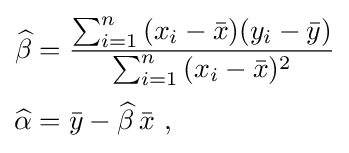
{\begin{aligned}{\widehat {\beta }}&={\frac {\sum _{i=1}^{n}{(x_{i}-{\bar {x}})(y_{i}-{\bar {y}})}}{\sum _{i=1}^{n}{(x_{i}-{\bar {x}})^{2}}}}\\[2pt]{\widehat {\alpha }}&={\bar {y}}-{\widehat {\beta }}\,{\bar {x}}\ ,\end{aligned}}